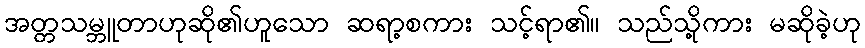
အတ္တသမ္ဘူတာဟုဆို၏ဟူသော ဆရာ့စကား သင့်ရာ၏။ သည်သို့ကား မဆိုခဲ့ဟု